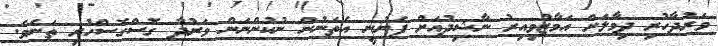
ވަރުދާހުރި ދިމާލަށް އަމާޒުވިއިރު ނާޝިދުއަށް ފެނުނީ އެތަނުން ނުކުންނަން ވަރުދާ ގޮސްގޮސްހުރި ތަނެވެ.